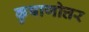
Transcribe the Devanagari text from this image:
कुषाणोत्तर